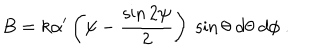
B = k \alpha ^ { \prime } \left( \psi - { \frac { \sin 2 \psi } { 2 } } \right) \; \sin \theta \; d \theta \; d \phi \ . \label B